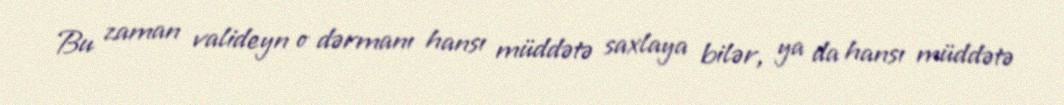
Bu zaman valideyn o dərmanı hansı müddətə saxlaya bilər, ya da hansı müddətə